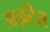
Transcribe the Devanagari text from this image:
आइटिस